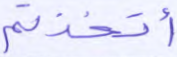
أتخذتم